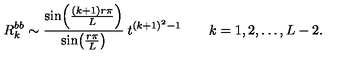
R _ { k } ^ { b b } \sim \frac { \sin \! \left( \frac { ( k + 1 ) r \pi } { L } \right) } { \sin \! \left( \frac { r \pi } { L } \right) } \: t ^ { ( k + 1 ) ^ { 2 } - 1 } \qquad k = 1 , 2 , \ldots , L - 2 .